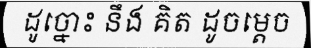
ដូច្នោះ នឹង គិត ដូចម្តេច